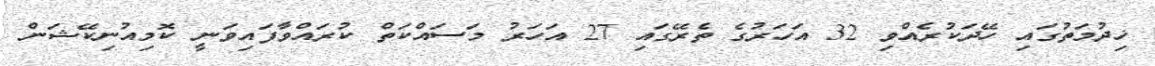
ޚިދުމަތުގައި ހޭދަކުރެއްވި 32 އަހަރުގެ ތެރޭގައި 27 އަހަރު މަސައްކަތް ކުރައްވާފައިވަނީ ކޮމިއުނިކޭޝަން